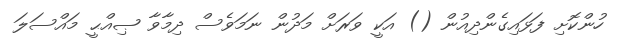
ހުންކޮށި ފަޅައިގެންދިއުން () އަކީ ވަރަށް މަދުން ނަމަވެސް ދިމާވާ ޞިއްޙީ މައްސަލަ